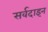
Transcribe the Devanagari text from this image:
सर्वदाइन